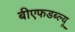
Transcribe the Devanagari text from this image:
बीएफडब्ल्यू